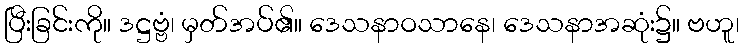
ပြီးခြင်းကို။ ဒဋ္ဌဗ္ဗံ၊ မှတ်အပ်၏။ ဒေသနာဝသာနေ၊ ဒေသနာအဆုံး၌။ ဗဟူ၊